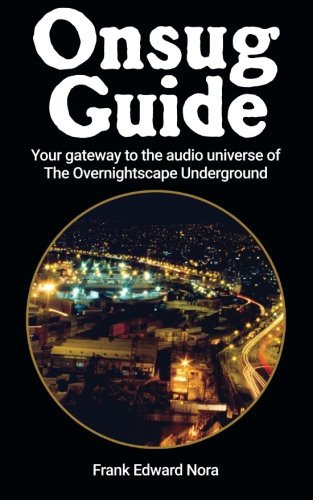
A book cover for Onsug Guide: Your gateway to the audio universe of The Overnightscape Underground; Frank Edward Nora; Humor & Entertainment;